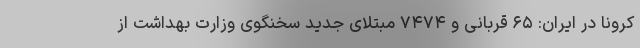
کرونا در ایران: ۶۵ قربانی و ۷۴۷۴ مبتلای جدید سخنگوی وزارت بهداشت از